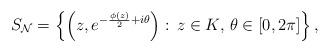
LaTeX: \begin{align*}S_{\mathcal{N}} = \left\{\left(z, e^{-{\phi(z) \over 2} + i \theta}\right):\, z \in K,\, \theta \in [0, 2\pi]\right\}, \end{align*}